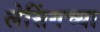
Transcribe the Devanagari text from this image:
लेसिंगच्या